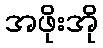
အဖိုးအို